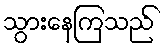
သွားနေကြသည်